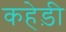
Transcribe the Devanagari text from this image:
कहेड़ी